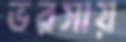
ভরসায়